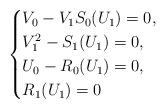
LaTeX: \begin{align*} \begin{cases} V_0 - V_1 S_0(U_1) = 0,\\ V_1^2 - S_1(U_1) = 0, \\ U_0 - R_0(U_1) = 0, \\ R_1(U_1) = 0 \end{cases}\end{align*}